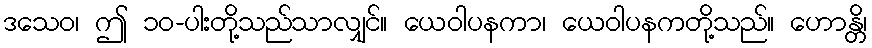
ဒသေဝ၊ ဤ ၁၀-ပါးတို့သည်သာလျှင်။ ယေဝါပနကာ၊ ယေဝါပနကတို့သည်။ ဟောန္တိ၊